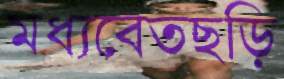
মধ্যবেতছড়ি